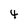
Character: 4